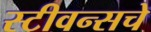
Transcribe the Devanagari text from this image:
स्टीवन्सचे